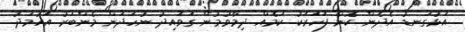
އަޅުގަނޑު އެދެން ކޮންެ ފަހަރަކު ކަމެއް ދިމާވުމުން ގަވައިދު ނުހަދަން މެންބަރު އަހުމަދު